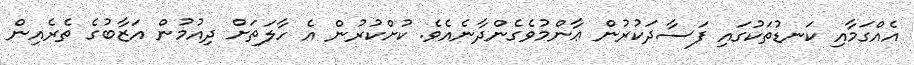
އެއްގަމާއި ކަނޑުތަކުގައި ފަސާދަކުރުން ޢާންމުވެގެންދާނެއެވެ. ކުށްކުރުން އެ ހާލަތަށް ދިއުމުން އަޒާބުގެ ތެރެއިން